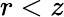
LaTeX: r<z